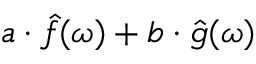
a \cdot { \hat { f } } ( \omega ) + b \cdot { \hat { g } } ( \omega )